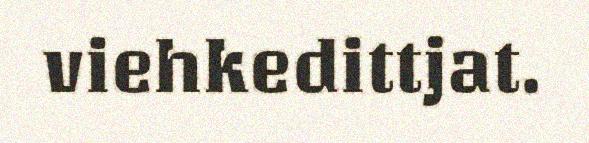
viehkedittjat.